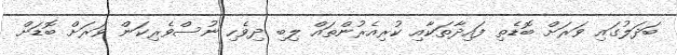
ބަދަލުގައި ވަރަށް ބޮޑެތި ފައިދާތަކާއި ކުރިއެރުންތައް ލިބި ދިވެހި ނުސްވެރިކަން ވަރަށް ބޮޑަށް